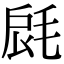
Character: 𣭺